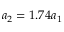
a _ { 2 } = 1 . 7 4 a _ { 1 }